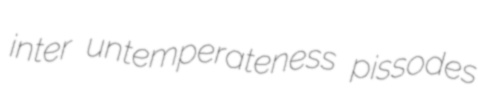
inter untemperateness pissodes